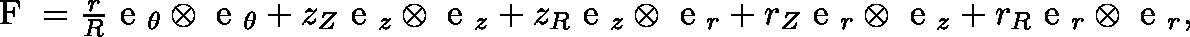
\begin{array} { r } { \mathrm { \boldmath { ~ F ~ } } = \frac { r } { R } \mathrm { \boldmath { ~ e ~ } } _ { \theta } \otimes \mathrm { \boldmath { ~ e ~ } } _ { \theta } + z _ { Z } \mathrm { \boldmath { ~ e ~ } } _ { z } \otimes \mathrm { \boldmath { ~ e ~ } } _ { z } + z _ { R } \mathrm { \boldmath { ~ e ~ } } _ { z } \otimes \mathrm { \boldmath { ~ e ~ } } _ { r } + r _ { Z } \mathrm { \boldmath { ~ e ~ } } _ { r } \otimes \mathrm { \boldmath { ~ e ~ } } _ { z } + r _ { R } \mathrm { \boldmath { ~ e ~ } } _ { r } \otimes \mathrm { \boldmath { ~ e ~ } } _ { r } , } \end{array}